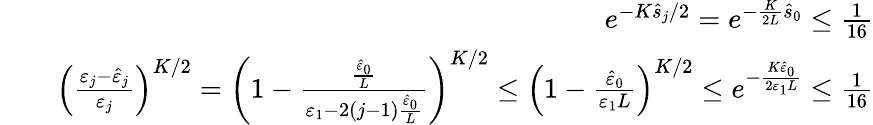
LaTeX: \begin{array}{rlr}&{}&{e^{-K\widehat s_{j}/2}=e^{-\frac{K}{2L}\widehat s_{0}}\le\frac{1}{16}}\\ &{}&{\left(\frac{\varepsilon_{j}-\hat{\varepsilon}_{j}}{\varepsilon_{j}}\right)^{K/2}=\left(1-\frac{\frac{\widehat\varepsilon_{0}}{L}}{\varepsilon_{1}-2(j-1)\frac{\widehat\varepsilon_{0}}{L}}\right)^{K/2}\le\left(1-\frac{{\widehat\varepsilon_{0}}}{\varepsilon_{1}L}\right)^{K/2}\le e^{-\frac{K{\widehat\varepsilon_{0}}}{2\varepsilon_{1}L}}\le\frac{1}{16}}\end{array}